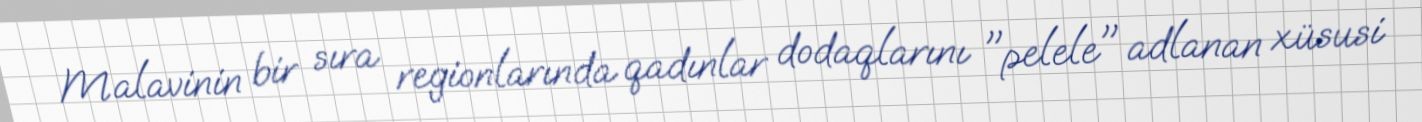
Malavinin bir sıra regionlarında qadınlar dodaqlarını "pelele" adlanan xüsusi